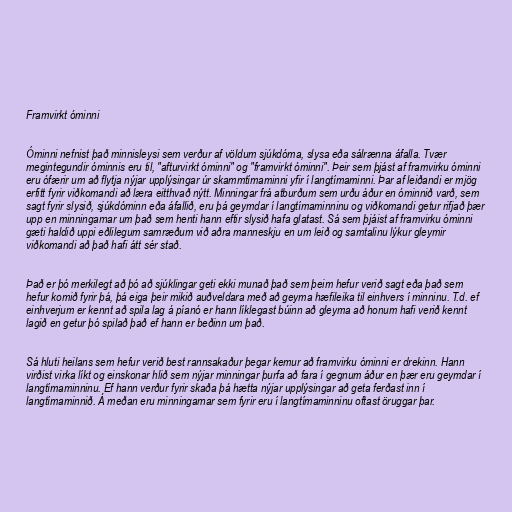
Framvirkt óminni

Óminni nefnist það minnisleysi sem verður af völdum sjúkdóma, slysa eða sálrænna áfalla. Tvær
megintegundir óminnis eru til, "afturvirkt óminni" og "framvirkt óminni". Þeir sem þjást af framvirku óminni
eru ófærir um að flytja nýjar upplýsingar úr skammtímaminni yfir í langtímaminni. Þar af leiðandi er mjög
erfitt fyrir viðkomandi að læra eitthvað nýtt. Minningar frá atburðum sem urðu áður en óminnið varð, sem
sagt fyrir slysið, sjúkdóminn eða áfallið, eru þá geymdar í langtímaminninu og viðkomandi getur rifjað þær
upp en minningarnar um það sem henti hann eftir slysið hafa glatast. Sá sem þjáist af framvirku óminni
gæti haldið uppi eðlilegum samræðum við aðra manneskju en um leið og samtalinu lýkur gleymir
viðkomandi að það hafi átt sér stað.

Það er þó merkilegt að þó að sjúklingar geti ekki munað það sem þeim hefur verið sagt eða það sem
hefur komið fyrir þá, þá eiga þeir mikið auðveldara með að geyma hæfileika til einhvers í minninu. T.d. ef
einhverjum er kennt að spila lag á píanó er hann líklegast búinn að gleyma að honum hafi verið kennt
lagið en getur þó spilað það ef hann er beðinn um það.

Sá hluti heilans sem hefur verið best rannsakaður þegar kemur að framvirku óminni er drekinn. Hann
virðist virka líkt og einskonar hlið sem nýjar minningar þurfa að fara í gegnum áður en þær eru geymdar í
langtímaminninu. Ef hann verður fyrir skaða þá hætta nýjar upplýsingar að geta ferðast inn í
langtímaminnið. Á meðan eru minningarnar sem fyrir eru í langtímaminninu oftast öruggar þar.